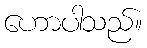
ဟောပါသည်။